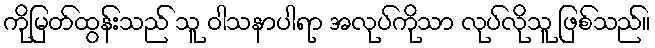
ကိုမြတ်ထွန်းသည် သူ ဝါသနာပါရာ အလုပ်ကိုသာ လုပ်လိုသူ ဖြစ်သည်။